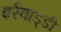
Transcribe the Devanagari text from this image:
इर्रवाड्डी